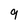
Character: 9